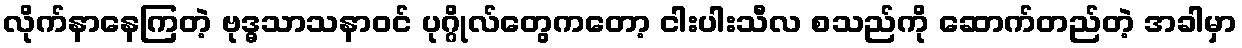
လိုက်နာနေကြတဲ့ ဗုဒ္ဓသာသနာဝင် ပုဂ္ဂိုလ်တွေကတော့ ငါးပါးသီလ စသည်ကို ဆောက်တည်တဲ့ အခါမှာ